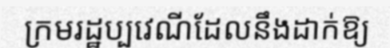
ក្រមរដ្ឋប្បវេណីដែលនឹងដាក់ឱ្យ